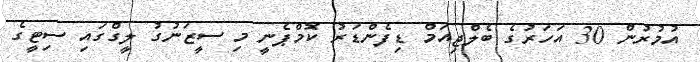
އުމުރުން 30 އަހަރުގެ ބެލްޖިއަމް ޑިފެންޑަރު ކޮމްޕެނީ މި ސީޒަނުގު ލީގްގައި ސިޓީގެ